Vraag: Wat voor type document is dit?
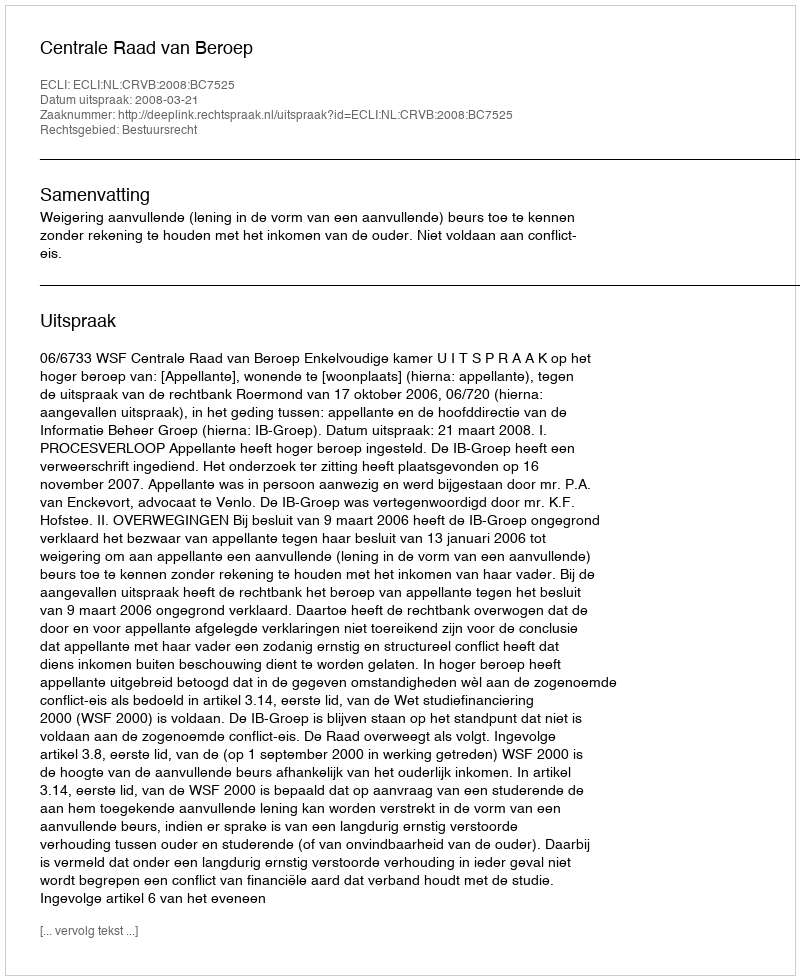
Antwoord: Uitspraak